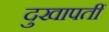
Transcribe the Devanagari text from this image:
दुखापतीं